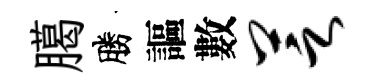
臈勝謳數芝